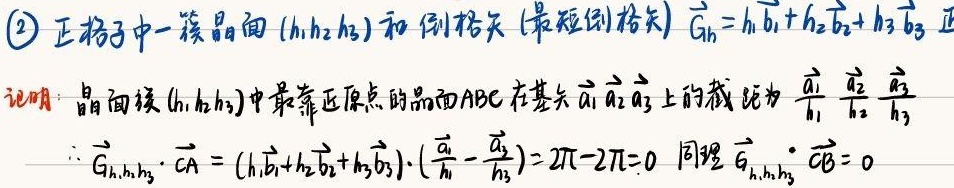
(2) 正格子中一簇晶面\((h_1h_2h_3)\)和倒格矢（最短倒格矢）\(\vec{G}_{h}=h_1\vec{b}_1 + h_2\vec{b}_2 + h_3\vec{b}_3\)。正证明：晶面簇\((h_1h_2h_3)\)中最靠近原点的晶面\(ABC\)在基矢\(\vec{a}_1\)、\(\vec{a}_2\)、\(\vec{a}_3\)上的截距为\(\frac{\vec{a}_1}{h_1}\)、\(\frac{\vec{a}_2}{h_2}\)、\(\frac{\vec{a}_3}{h_3}\)。

\(\because \vec{G}_{h_1,h_2,h_3}\cdot\overrightarrow{CA}=(h_1\vec{b}_1 + h_2\vec{b}_2 + h_3\vec{b}_3)\cdot(\frac{\vec{a}_1}{h_1} - \frac{\vec{a}_3}{h_3}) = 2\pi - 2\pi = 0\)

同理，\(\vec{G}_{h_1,h_2,h_3}\cdot\overrightarrow{CB}=0\)